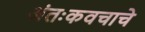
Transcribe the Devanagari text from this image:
अंतःकवचाचे